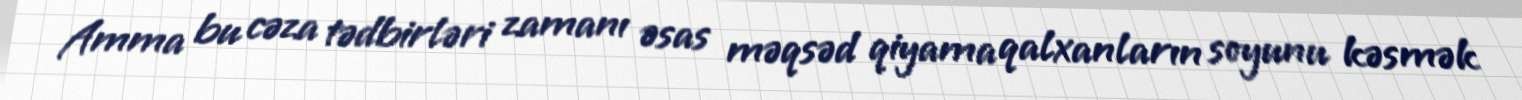
Amma bu cəza tədbirləri zamanı əsas məqsəd qiyama qalxanların soyunu kəsmək